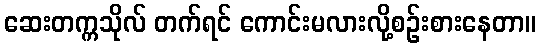
ဆေးတက္ကသိုလ် တက်ရင် ကောင်းမလားလို့စဉ်းစားနေတာ။